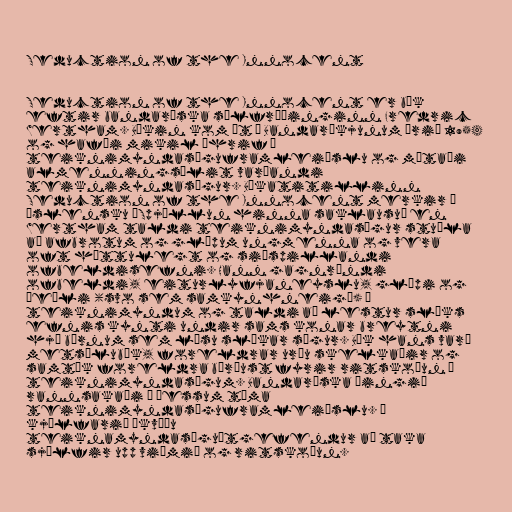
Seduction of the Innocent

Seduction of the Innocent er bók
eftir bandaríska sálfræðinginn Fredric
Wertham. Bókin kom út í Bandaríkjunum árið 1954
og hafði mikil áhrif á
teiknimyndasöguframleiðslu og mótaði
almenningsálit varðandi
teiknimyndasögur. Bókatitillinn
Seduction of the Innocent merkir á
íslensku „Spjöllun hinna saklausu“ en
Wertham taldi teiknimyndasögur stuðla
að afbrotum og glæpum ungmenna og vera
oft hættulegt og siðspillandi
ofbeldisefni. Hann gagnrýndi
ofbeldi, eiturlyfjaneyslu, glæpi og
óeðli (svo sem samkynhneigð) í
teiknimyndum og taldi að lestur slíks
efnis kynti undir sams konar breytni
hjá börnum sem læsu slíkar sögur. Bók hans varð
metsölubók, foreldrar urðu skelkaðir og
samtök foreldra börðust fyrir ritskoðun á
teiknimyndasögum. Bandaríska þingið
rannsakaði á þessum tíma
teiknimyndasöguframleiðslu. Í
kjölfarið ákváðu
teiknamyndasöguútgefendur að taka
sjálfir upp viðmið og ritskoðun.